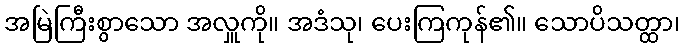
အမြဲကြီးစွာသော အလှူကို။ အဒံသု၊ ပေးကြကုန်၏။ သောပိသတ္ထာ၊